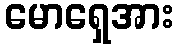
မောရှေအား